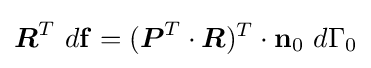
{\boldsymbol {R}}^{T}~d\mathbf {f} =({\boldsymbol {P}}^{T}\cdot {\boldsymbol {R}})^{T}\cdot \mathbf {n} _{0}~d\Gamma _{0}